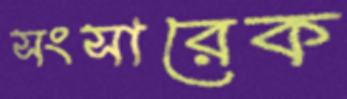
সংসারেক